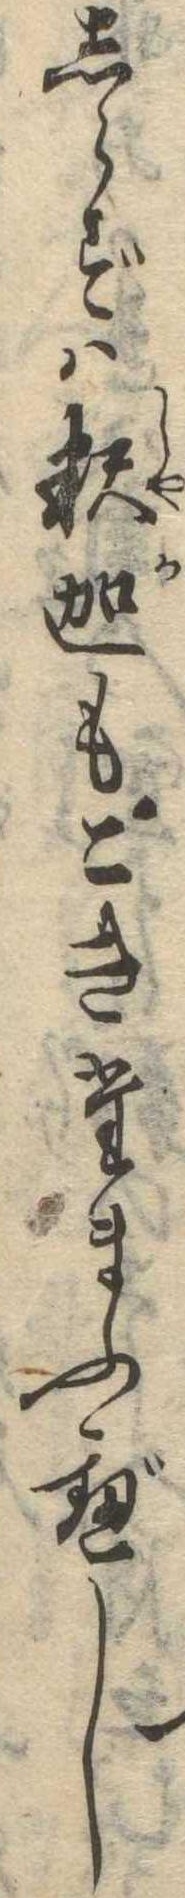
しらずは釈迦もこきたまふべし